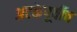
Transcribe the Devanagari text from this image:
अटकेपूर्वीच